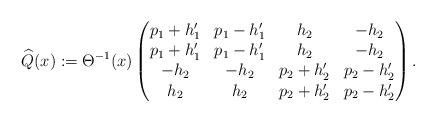
LaTeX: \begin{align*} \widehat{Q}(x) := \Theta^{-1}(x) \begin{pmatrix} p_1+h_1' & p_1-h_1' & h_2 & -h_2 \\ p_1+h_1' & p_1-h_1' & h_2 & -h_2 \\ -h_2 & -h_2 & p_2+h_2' & p_2-h_2' \\ h_2 & h_2 & p_2+h_2' & p_2-h_2' \end{pmatrix}.\end{align*}